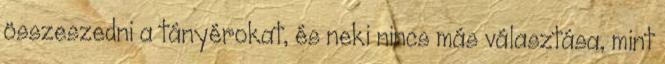
összeszedni a tányérokat, és neki nincs más választása, mint